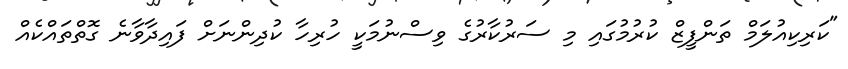
"ކަރިކިއުލަމް ތަންފީޒް ކުރުމުގައި މި ސަރުކާރުގެ ވިސްނުމަކީ ހުރިހާ ކުދިންނަށް ފައިދާވާނެ ގޮތްތައްކެއް